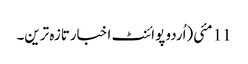
11 مئی(اُردو پوائنٹ اخبارتازہ ترین۔